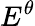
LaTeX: E^{\theta}